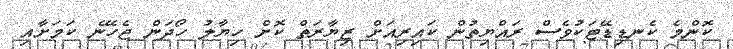
ކޮންމެ ކެނޑިޑޭޓަކުވެސް ރައްޔިތުން ކައިރިއަށް ޒިޔާރަތް ކޮށް ހިޔާލު ހޯދަން ޖެހޭނެ ކަމަށާއި